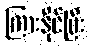
ကြားနိုင်ပြီး